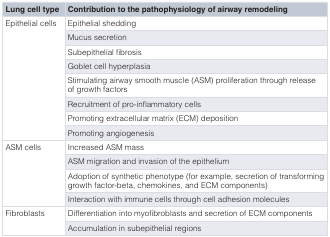
| Lung cell type | Contribution to the pathophysiology of airway remodeling |
 | --- | --- |
 | <ROWSPAN=8> Epithelial cells | Epithelial shedding |
 | Mucus secretion |
 | Subepithelial fibrosis |
 | Goblet cell hyperplasia |
 | Stimulating airway smooth muscle (ASM) proliferation through releaseof growth factors |
 | Recruitment of pro-inflammatory cells |
 | Promoting extracellular matrix (ECM) deposition |
 | Promoting angiogenesis |
 | <ROWSPAN=4> ASM cells | Increased ASM mass |
 | ASM migration and invasion of the epithelium |
 | Adoption of synthetic phenotype (for example, secretion of transforminggrowth factor-beta, chemokines, and ECM components) |
 | Interaction with immune cells through cell adhesion molecules |
 | <ROWSPAN=2> Fibroblasts | Differentiation into myofibroblasts and secretion of ECM components |
 | Accumulation in subepithelial regions |